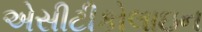
એસીટીકોલાઇન